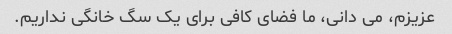
عزیزم، می دانی، ما فضای کافی برای یک سگ خانگی نداریم.